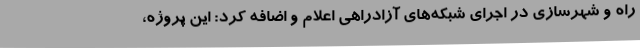
راه و شهرسازی در اجرای شبکه‌های آزادراهی اعلام و اضافه کرد: این پروژه،